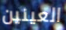
العينين